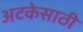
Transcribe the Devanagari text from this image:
अटकेसाठी